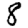
Digit: 8